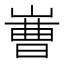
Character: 𱜅